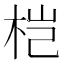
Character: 桤